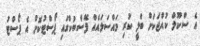
އެ ސްކޫލް ކުއްޖަަަކަށް ބްލީ ކުރި މައްސަލައެއް ފޭސްބުކްގައި ޕޯސްޓުކޮށް އެ ޕޯސްޓު